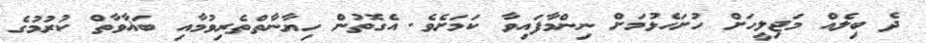
ދެ ބިލެއް މަޖިލީހަށް ހުށަހެޅުމަށް ނިންމާފައިވާ ކަމަށެވެ. އެގޮތުން ހިޔާނާތްތެރިވުމާއި ބަޣާވާތް ކުރުމުގެ